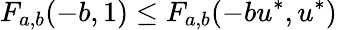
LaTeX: F_{a,b}(-b,1)\leq F_{a,b}(-bu^{*},u^{*})